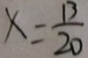
x = \frac { 1 3 } { 2 0 }